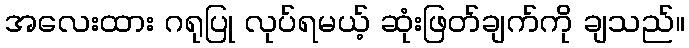
အလေးထား ဂရုပြု လုပ်ရမယ့် ဆုံးဖြတ်ချက်ကို ချသည်။